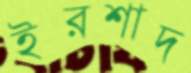
ইরশাদ